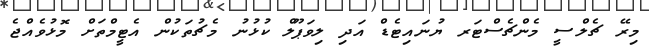
މިރޭ ޗެލްސީ މެންޗެސްޓަރ ޔުނައިޓެޑް އަދި ލިވަޕޫލް ކުޅުނު މެޗުތަކުން އެޓީމްތަށް މޮޅުވެއްޖެ